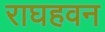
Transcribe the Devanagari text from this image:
राघहवन